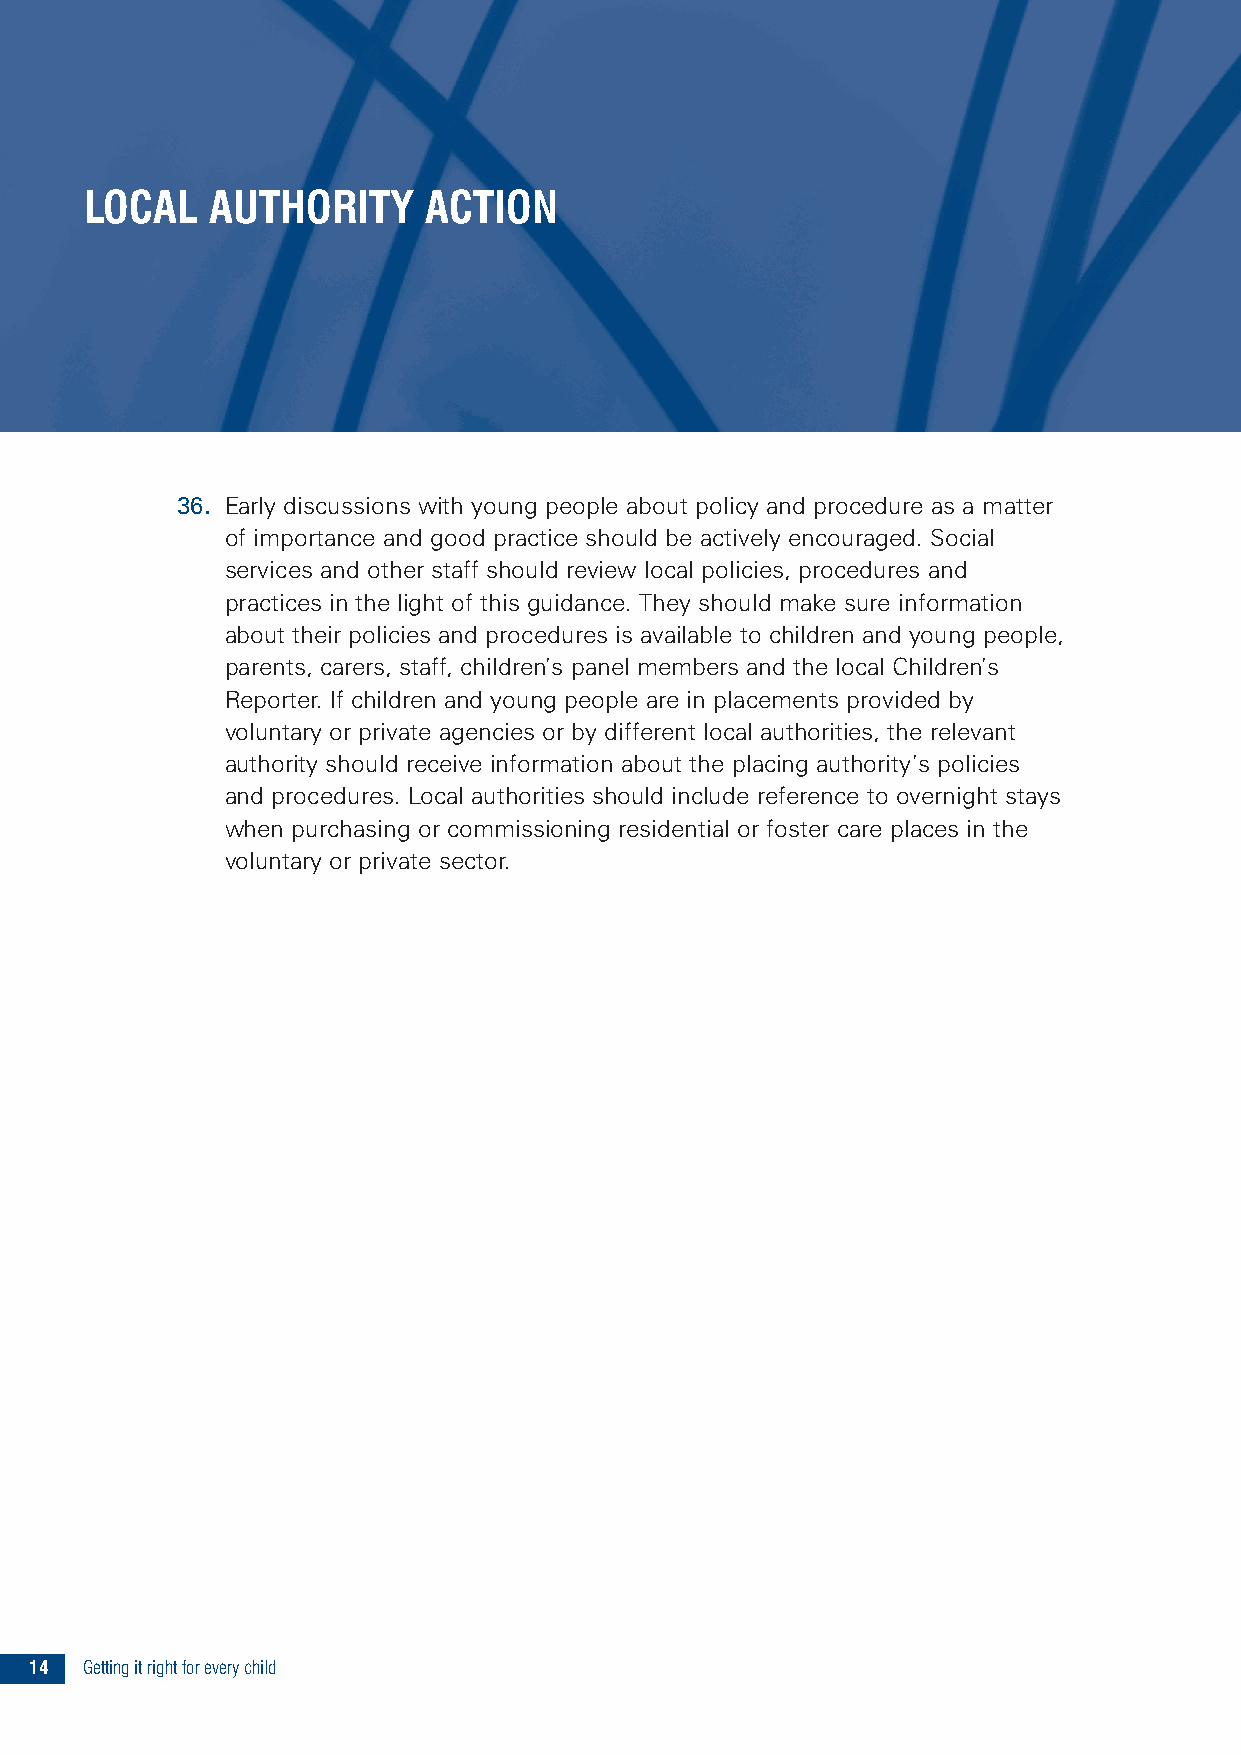
LOCAL   AUTHORITY     ACTION
 36. Early discussions with young people about policy and procedure as a matter
 of importance and good practice should be actively encouraged. Social
 services and other staff should review local policies, procedures and
 practices in the light of this guidance. They should make sure information
 about their policies and procedures is available to children and young people,
 parents, carers, staff, children’s panel members and the local Children’s
 Reporter. If children and young people are in placements provided by
 voluntary or private agencies or by different local authorities, the relevant
 authority should receive information about the placing authority’s policies
 and procedures. Local authorities should include reference to overnight stays
 when purchasing or commissioning residential or foster care places in the
 voluntary or private sector.
 14 Gettingitrightforeverychild